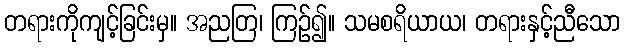
တရားကိုကျင့်ခြင်းမှ။ အညတြ၊ ကြဉ်၍။ သမစရိယာယ၊ တရားနှင့်ညီသော